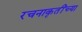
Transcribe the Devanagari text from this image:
रचनाकृतींच्या